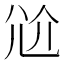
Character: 𡯗